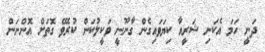
ދަނީ ހަމަ އެކަނި ޝަރީއާ ކިޔަވައިގެން ގާނޫނީ ވަކީލުކަން ކުރެވޭ ގޮތަށް އޮންނަން